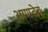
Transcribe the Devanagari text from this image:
आणतेच